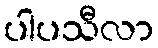
ပါပသီလာ